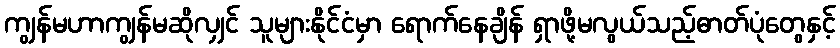
ကျွန်မဟာကျွန်မဆိုလျှင် သူများနိုင်ငံမှာ ရောက်နေချိန် ရှာဖို့မလွယ်သည့်ဓာတ်ပုံတွေနှင့်